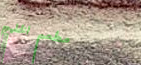
مطعم الخليج